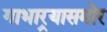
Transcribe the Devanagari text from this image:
गाभार्‍यासमोर